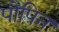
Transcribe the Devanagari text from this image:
पोपिन